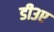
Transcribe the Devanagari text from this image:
डी३ए